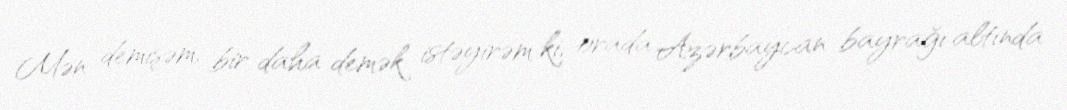
Mən demişəm, bir daha demək istəyirəm ki, orada Azərbaycan bayrağı altında